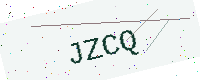
Text: JZCQ